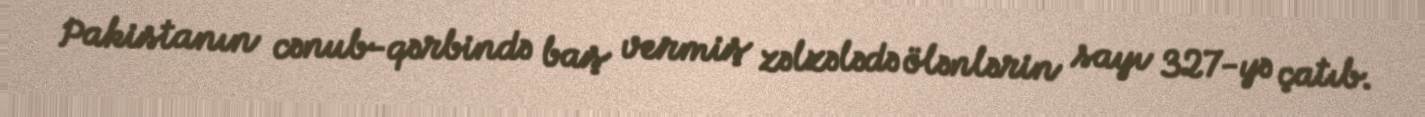
Pakistanın cənub-qərbində baş vermiş zəlzələdə ölənlərin sayı 327-yə çatıb.